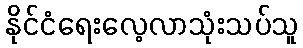
နိုင်ငံရေးလေ့လာသုံးသပ်သူ